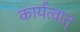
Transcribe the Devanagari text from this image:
कार्यत्वात्